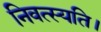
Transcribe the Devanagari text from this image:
निवत्स्यति।